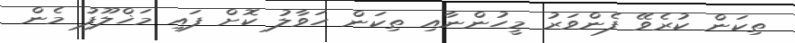
ތިކަން ކުރެވޭ ފެންވަރު މީހުންނާއި ތިކަން ހަވާލު ކޮށް ފައި މަޚްލޫފު މެން